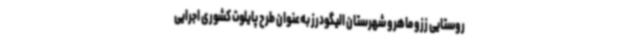
روستایی ززو ماهرو شهرستان الیگودرز به‌عنوان طرح پایلوت کشوری اجرایی